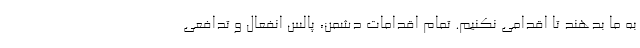
به ما بدهند تا اقدامی نکنیم. تمام اقدامات دشمن، پالس انفعال و تدافعی